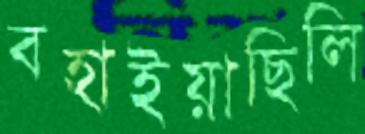
বহাইয়াছিলি